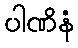
ပါဏိနံ